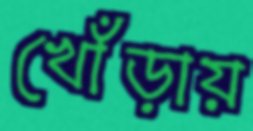
খোঁড়ায়